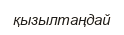
қызылтаңдай